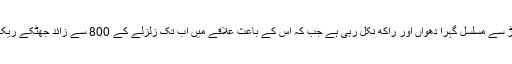
ادارے کے مطابق پہاڑ سے مسلسل گہرا دھواں اور راکھ نکل رہی ہے جب کہ اس کے باعث علاقے میں اب تک زلزلے کے 800 سے زائد جھٹکے ریکارڈ کیے جاچکے ہیں۔